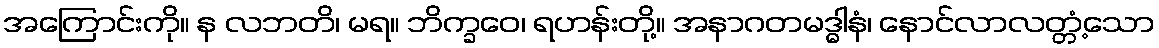
အကြောင်းကို။ န လဘတိ၊ မရ။ ဘိက္ခဝေ၊ ရဟန်းတို့။ အနာဂတမဒ္ဓါနံ၊ နောင်လာလတ္တံ့သော